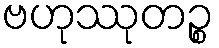
ဗဟုဿုတဉ္စ